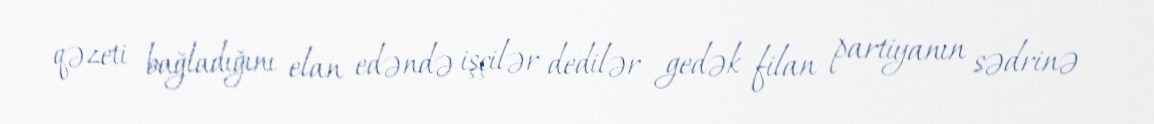
qəzeti bağladığını elan edəndə işçilər dedilər gedək filan partiyanın sədrinə